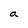
Character: a